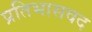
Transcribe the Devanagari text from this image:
प्रतिभासवद